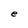
Character: e